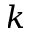
k